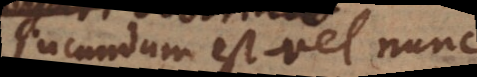
Jucundum est vel nunc